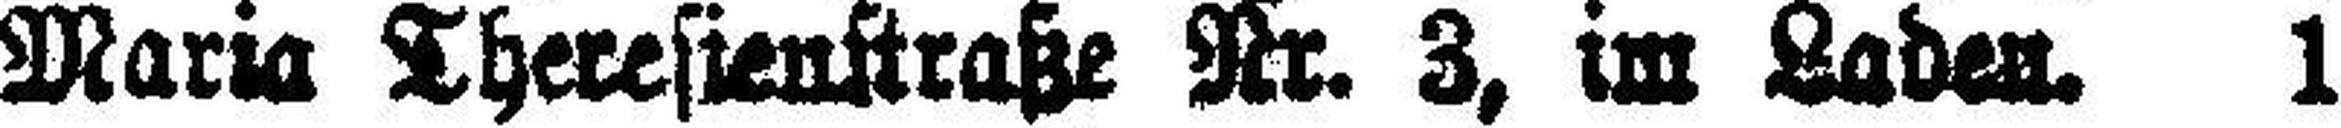
Maria Theresienstraße Nr. 3, im Laden. 13255